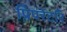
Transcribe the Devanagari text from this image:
प्रिपरेटरि